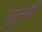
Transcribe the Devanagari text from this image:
जुलूमी